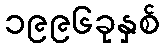
၁၉၉၆ခုနှစ်